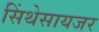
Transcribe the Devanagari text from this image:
सिंथेसायजर